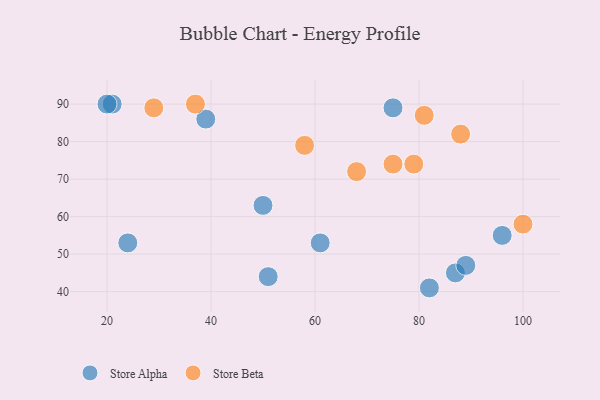
{"axis": {"x": "GDP", "y": "Life Expectancy"}, "legend": ["Store Alpha", "Store Beta"], "data": [{"x": "61", "y": 53, "type": "Store Alpha"}, {"x": "87", "y": 45, "type": "Store Alpha"}, {"x": "24", "y": 53, "type": "Store Alpha"}, {"x": "82", "y": 41, "type": "Store Alpha"}, {"x": "21", "y": 90, "type": "Store Alpha"}, {"x": "51", "y": 44, "type": "Store Alpha"}, {"x": "75", "y": 89, "type": "Store Alpha"}, {"x": "39", "y": 86, "type": "Store Alpha"}, {"x": "50", "y": 63, "type": "Store Alpha"}, {"x": "20", "y": 90, "type": "Store Alpha"}, {"x": "96", "y": 55, "type": "Store Alpha"}, {"x": "89", "y": 47, "type": "Store Alpha"}, {"x": "68", "y": 72, "type": "Store Beta"}, {"x": "79", "y": 74, "type": "Store Beta"}, {"x": "29", "y": 89, "type": "Store Beta"}, {"x": "81", "y": 87, "type": "Store Beta"}, {"x": "75", "y": 74, "type": "Store Beta"}, {"x": "88", "y": 82, "type": "Store Beta"}, {"x": "58", "y": 79, "type": "Store Beta"}, {"x": "37", "y": 90, "type": "Store Beta"}, {"x": "100", "y": 58, "type": "Store Beta"}]}